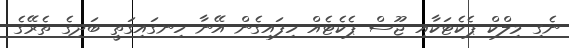
ނެގި މިލްކް ޕެކެޓަކާއި ޖޫސް ޕެކެޓެއް ހިފައިގެން އޭނާ ހިނގައިގަތީ ބަދިގެ ތެރޭގެ